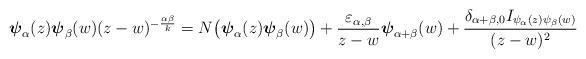
LaTeX: \begin{align*}\boldsymbol{\psi}_\alpha(z)\boldsymbol{\psi}_\beta(w)(z-w)^{-\frac{\alpha\beta}{k}}=N\big(\boldsymbol{\psi}_\alpha(z)\boldsymbol{\psi}_\beta(w)\big) +\frac{\varepsilon_{\alpha,\beta}}{z-w}{\boldsymbol{\psi}_{\alpha+\beta}(w)}+\frac{\delta_{\alpha+\beta,0}I_{\psi_{\alpha}(z)\psi_{\beta}(w)}}{(z-w)^2}\end{align*}